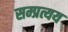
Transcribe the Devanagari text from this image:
सम्प्रत्यय